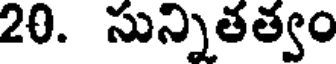
20. సున్నితత్వం